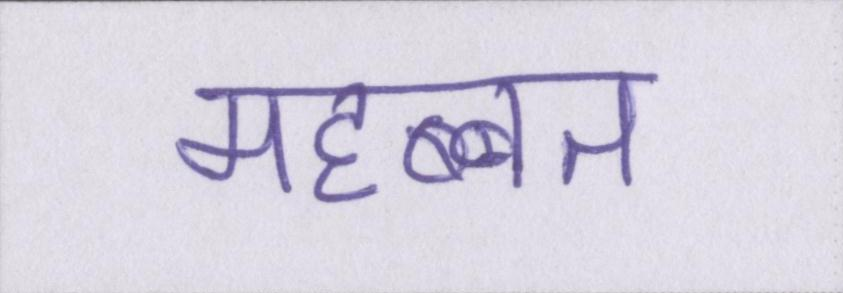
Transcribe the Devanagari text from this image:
महब्बत